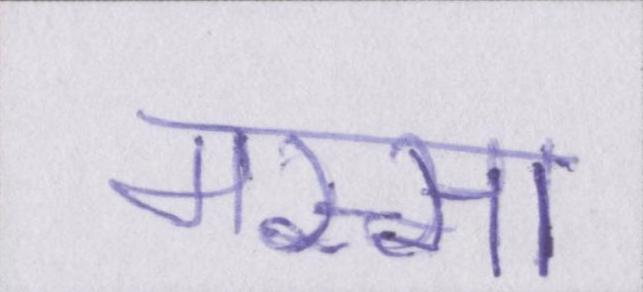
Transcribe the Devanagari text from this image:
मस्सा